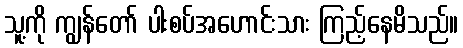
သူ့ကို ကျွန်တော် ပါးစပ်အဟောင်းသား ကြည့်နေမိသည်။